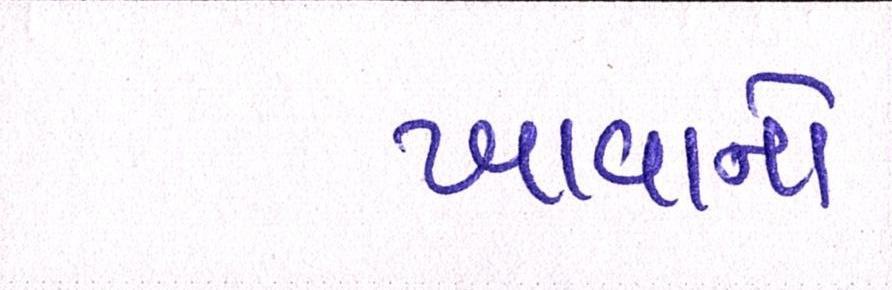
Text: ખાવાનો